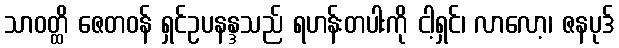
သာဝတ္ထိ ဇေတဝန် ရှင်ဥပနန္ဒသည် ရဟန်းတပါးကို ငါ့ရှင်၊ လာလော့၊ ဇနပုဒ်